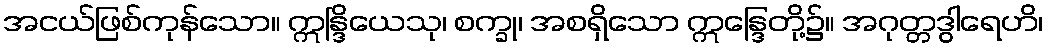
အငယ်ဖြစ်ကုန်သော။ ဣန္ဒြိယေသု၊ စက္ခု၊ အစရှိသော ဣန္ဒြေတို့၌။ အဂုတ္တဒွါရေဟိ၊